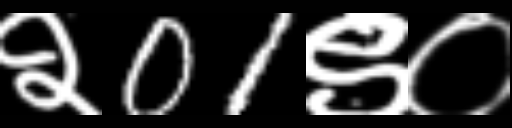
Text: २01९०